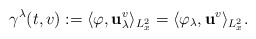
\begin{align*}\gamma^\lambda(t, v) := \langle \varphi, \mathbf{u}^v_\lambda \rangle_{L^2_x}=\langle \varphi_\lambda, \mathbf{u}^v \rangle_{L^2_x}.\end{align*}